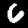
Label: 6